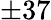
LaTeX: \pm 37